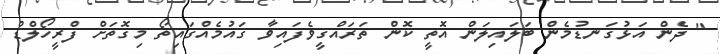
" ދެން އަޅުގަނޑުމެން ބަލައިލަން އޮތީ ކޮން ތަރައްޤީވެފައިވާ ޤައުމެއްގައިތޯ މިގޮތަށް ފްރީހޯލްޑް